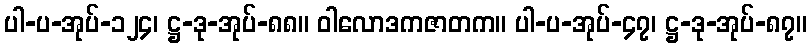
ပါ-ပ-အုပ်-၁၂၄၊ ဋ္ဌ-ဒု-အုပ်-၈၈။ ဝါလောဒကဇာတက။ ပါ-ပ-အုပ်-၄၇၊ ဋ္ဌ-ဒု-အုပ်-၈၇။